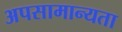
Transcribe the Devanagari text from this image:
अपसामान्यता